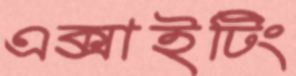
এক্সাইটিং